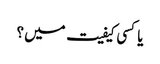
یا کسی کیفیت میں ؟